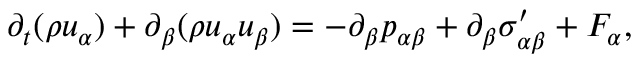
\partial _ { t } ( \rho u _ { \alpha } ) + \partial _ { \beta } ( \rho u _ { \alpha } u _ { \beta } ) = - \partial _ { \beta } p _ { \alpha \beta } + \partial _ { \beta } \sigma _ { \alpha \beta } ^ { \prime } + F _ { \alpha } ,